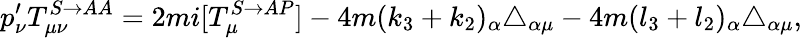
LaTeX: p_{\nu}^{\prime}T_{\mu\nu}^{S\rightarrow AA}=2mi[T_{\mu}^{S\rightarrow AP}]-4m(k_{3}+k_{2})_{\alpha}\triangle_{\alpha\mu}-4m(l_{3}+l_{2})_{\alpha}\triangle_{\alpha\mu},